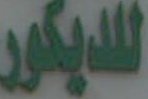
للديكور